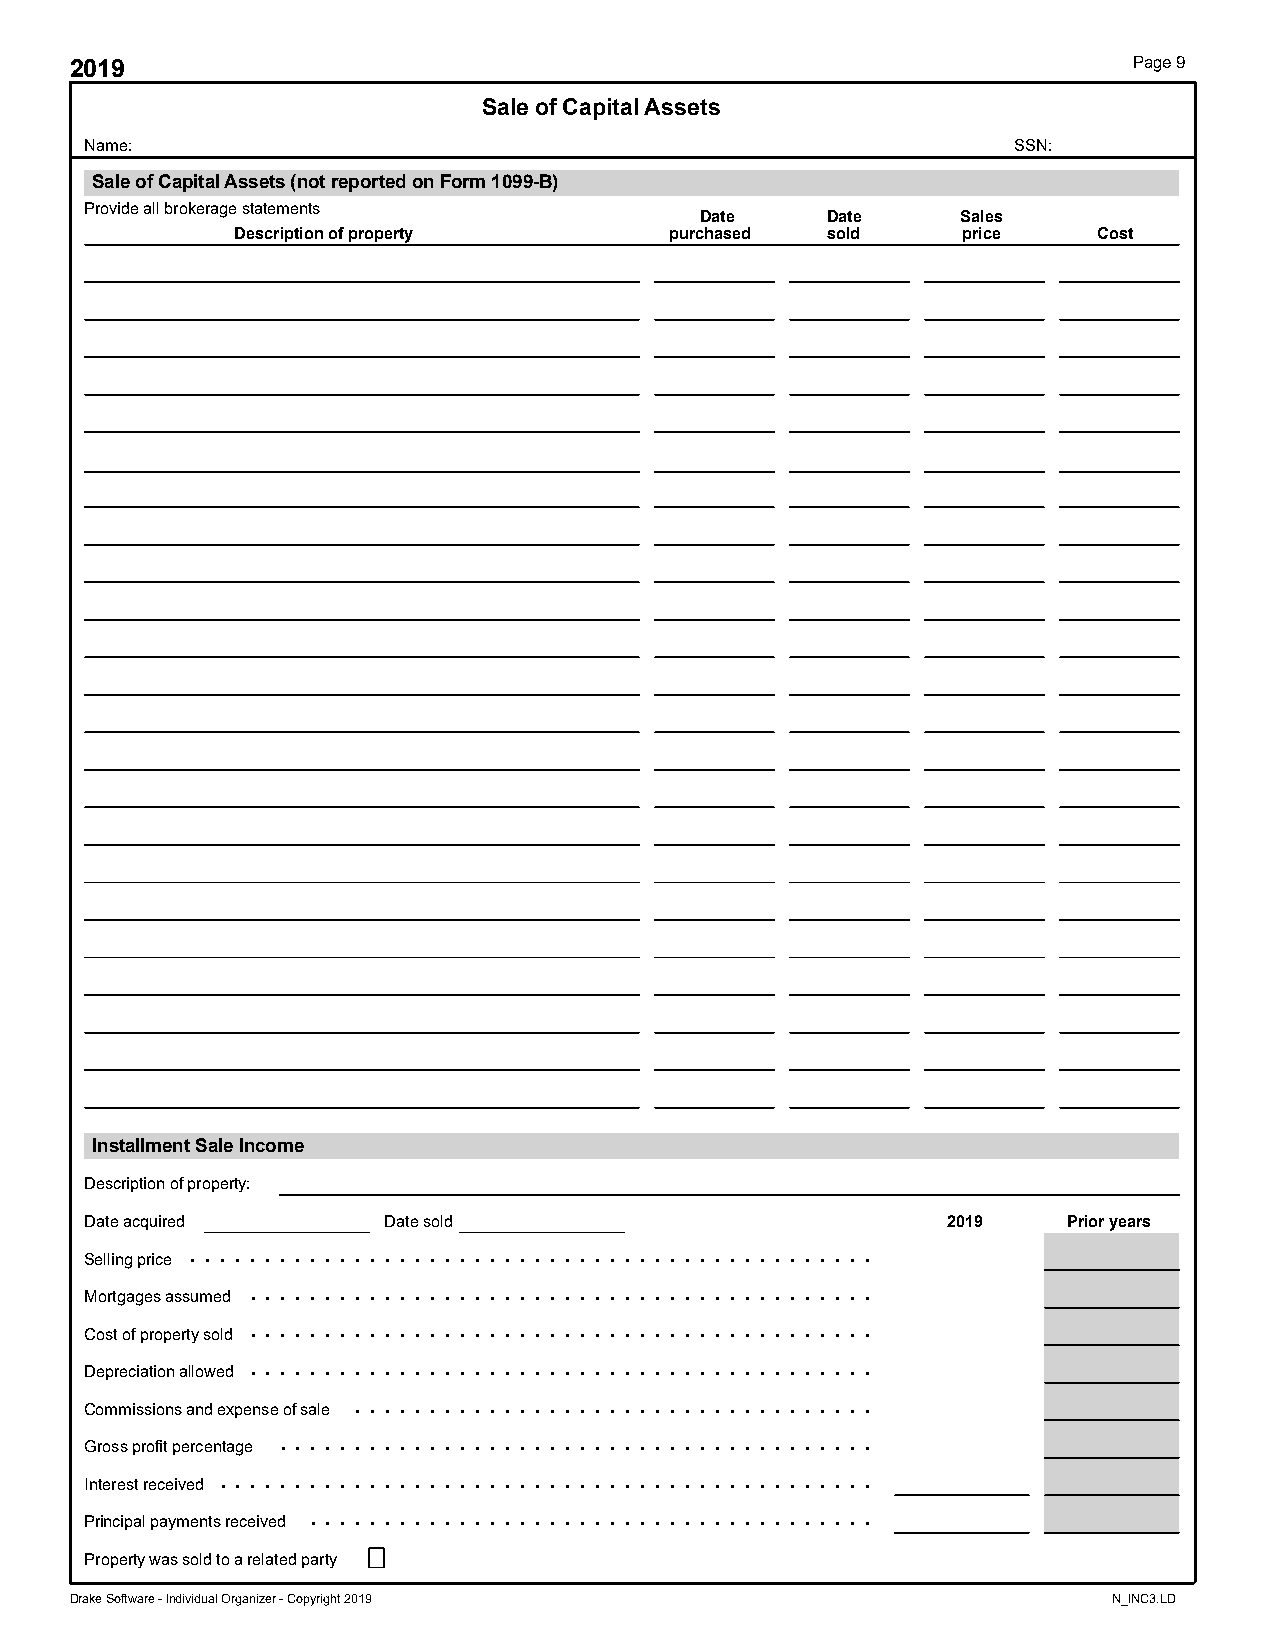
2019                                                                  Page 9
 Sale of Capital Assets
 Name:                                                        SSN:
 Sale of Capital Assets (not reported on Form 1099-B)
 Provide all brokerage statements
 Date     Date     Sales
 Description of property     purchased  sold     price    Cost
 Installment Sale Income
 Description of property:
 Date acquired      Date sold                             2019    Prior years
 . . . . . . . . . . . . . . . . . . . . . . . . . . . . . . . . . . . . . . . . . . . . . .
 Selling price
 . . . . . . . . . . . . . . . . . . . . . . . . . . . . . . . . . . . . . . . . . .
 Mortgages assumed
 . . . . . . . . . . . . . . . . . . . . . . . . . . . . . . . . . . . . . . . . . .
 Cost of property sold
 . . . . . . . . . . . . . . . . . . . . . . . . . . . . . . . . . . . . . . . . . .
 Depreciation allowed
 . . . . . . . . . . . . . . . . . . . . . . . . . . . . . . . . . . .
 Commissions and expense of sale
 . . . . . . . . . . . . . . . . . . . . . . . . . . . . . . . . . . . . . . . .
 Gross profit percentage
 . . . . . . . . . . . . . . . . . . . . . . . . . . . . . . . . . . . . . . . . . . . .
 Interest received
 . . . . . . . . . . . . . . . . . . . . . . . . . . . . . . . . . . . . . .
 Principal payments received
 Property was sold to a related party
 Drake Software - Individual Organizer - Copyright 2019               N_INC3.LD